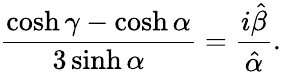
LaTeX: \frac{\cosh\gamma-\cosh\alpha}{3\sinh\alpha}=\frac{i\hat{\beta}}{\hat{\alpha}}.